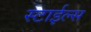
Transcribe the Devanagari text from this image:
स्टाईल्स